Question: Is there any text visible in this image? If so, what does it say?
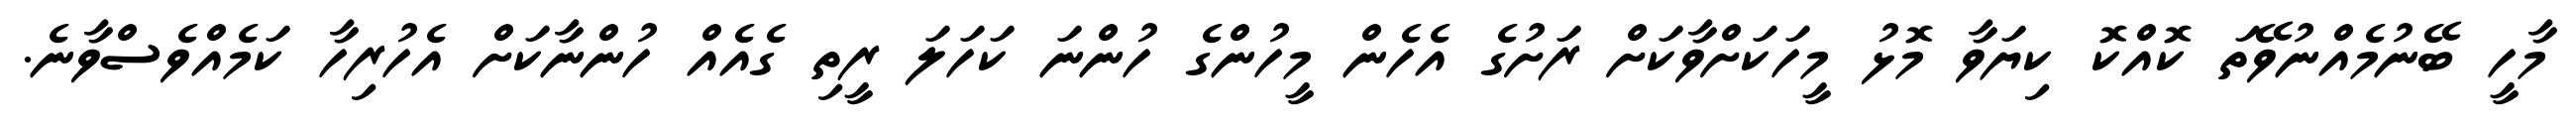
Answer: މާހީ ބޭނުމެއްނުވޭތަ ކޮއްކޮ ކިޔަވާ މޮޅު މީހަކަށްވާކަށް ރަށުގެ އެހެން މީހުންގެ ހުންނަ ކަހަލަ ރީތި ގެއެއް ހުންނާކަށް އެހުރިހާ ކަމެއްވެސްވާނެ.